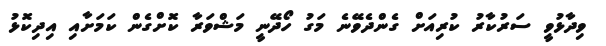
ވިދާޅުވީ ސަރުކާރު ކުރިއަށް ގެންދެވޭނެ މަގު ހޯދޭނީ މަޝްވަރާ ކޮށްގެން ކަމަށާއި އިދިކޮޅު